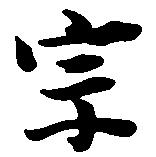
宗